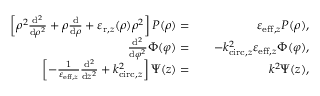
\begin{array} { r l r } { \left[ \rho ^ { 2 } \frac { \mathrm { d } ^ { 2 } } { \mathrm { d } \rho ^ { 2 } } + \rho \frac { \mathrm { d } } { \mathrm { d } \rho } + \varepsilon _ { \mathrm { r } , z } ( \rho ) \rho ^ { 2 } \right] P ( \rho ) = } & { } & { \varepsilon _ { \mathrm { e f f , } z } P ( \rho ) , } \\ { \frac { \mathrm { d } ^ { 2 } } { \mathrm { d } \varphi ^ { 2 } } \Phi ( \varphi ) = } & { } & { - k _ { \mathrm { c i r c , } z } ^ { 2 } \varepsilon _ { \mathrm { e f f , } z } \Phi ( \varphi ) , } \\ { \left[ - \frac { 1 } { \varepsilon _ { \mathrm { e f f , } z } } \frac { \mathrm { d } ^ { 2 } } { \mathrm { d } z ^ { 2 } } + k _ { \mathrm { c i r c , } z } ^ { 2 } \right] \Psi ( z ) = } & { } & { k ^ { 2 } \Psi ( z ) , } \end{array}